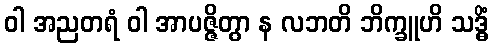
ဝါ အညတရံ ဝါ အာပဇ္ဇိတွာ န လဘတိ ဘိက္ခူဟိ သဒ္ဓိံ